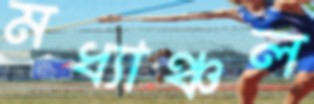
মধ্যাঞ্চল